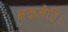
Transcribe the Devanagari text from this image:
नक्तमेति।